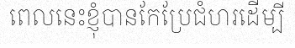
ពេលនេះខ្ញុំបានកែប្រែជំហរដើម្បី